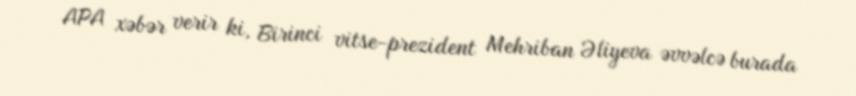
APA xəbər verir ki, Birinci vitse-prezident Mehriban Əliyeva əvvəlcə burada